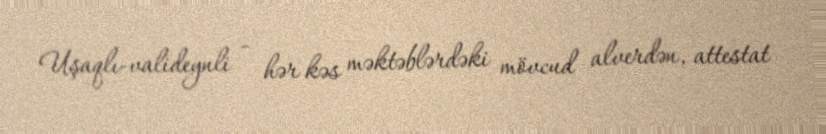
Uşaqlı-valideynli - hər kəs məktəblərdəki mövcud alverdən, attestat